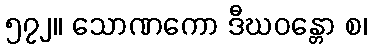
၅၇၂။ သောဏကော ဒီဃဝန္တော စ၊